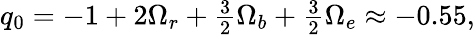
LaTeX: \begin{array}{r}{q_{0}=-1+2\Omega_{r}+\frac{3}{2}\Omega_{b}+\frac{3}{2}\Omega_{e}\approx-0.55,}\end{array}